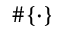
\# \{ \cdot \}